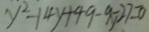
y ^ { 2 } - 1 4 y + 4 9 - 9 y - 2 7 = 0